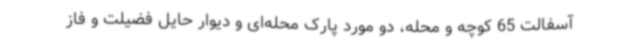
آسفالت 65 کوچه و محله، دو مورد پارک محله‌ای و دیوار حایل فضیلت و فاز